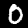
Digit: 0